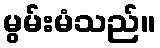
မွမ်းမံသည်။